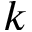
k